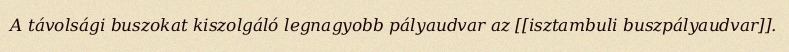
A távolsági buszokat kiszolgáló legnagyobb pályaudvar az [[isztambuli buszpályaudvar]].